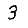
Digit: 3